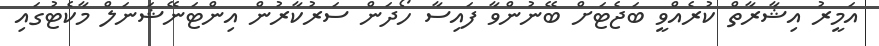
އަމީރު އިޝާރާތް ކުރެއްވީ ބަޖެޓަށް ބޭނުންވާ ފައިސާ ހޯދަން ސަރުކާރުން އިންޓަނޭޝަނަލް މާކެޓުގައި